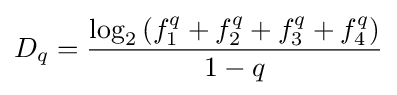
D_{q}={\frac {\log _{2}\left(f_{1}^{q}+f_{2}^{q}+f_{3}^{q}+f_{4}^{q}\right)}{1-q}}